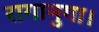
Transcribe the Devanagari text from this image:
रागानुगा।